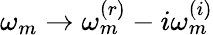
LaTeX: \omega_{m}\rightarrow\omega_{m}^{(r)}-i\omega_{m}^{(i)}